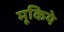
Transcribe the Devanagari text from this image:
मूकिये